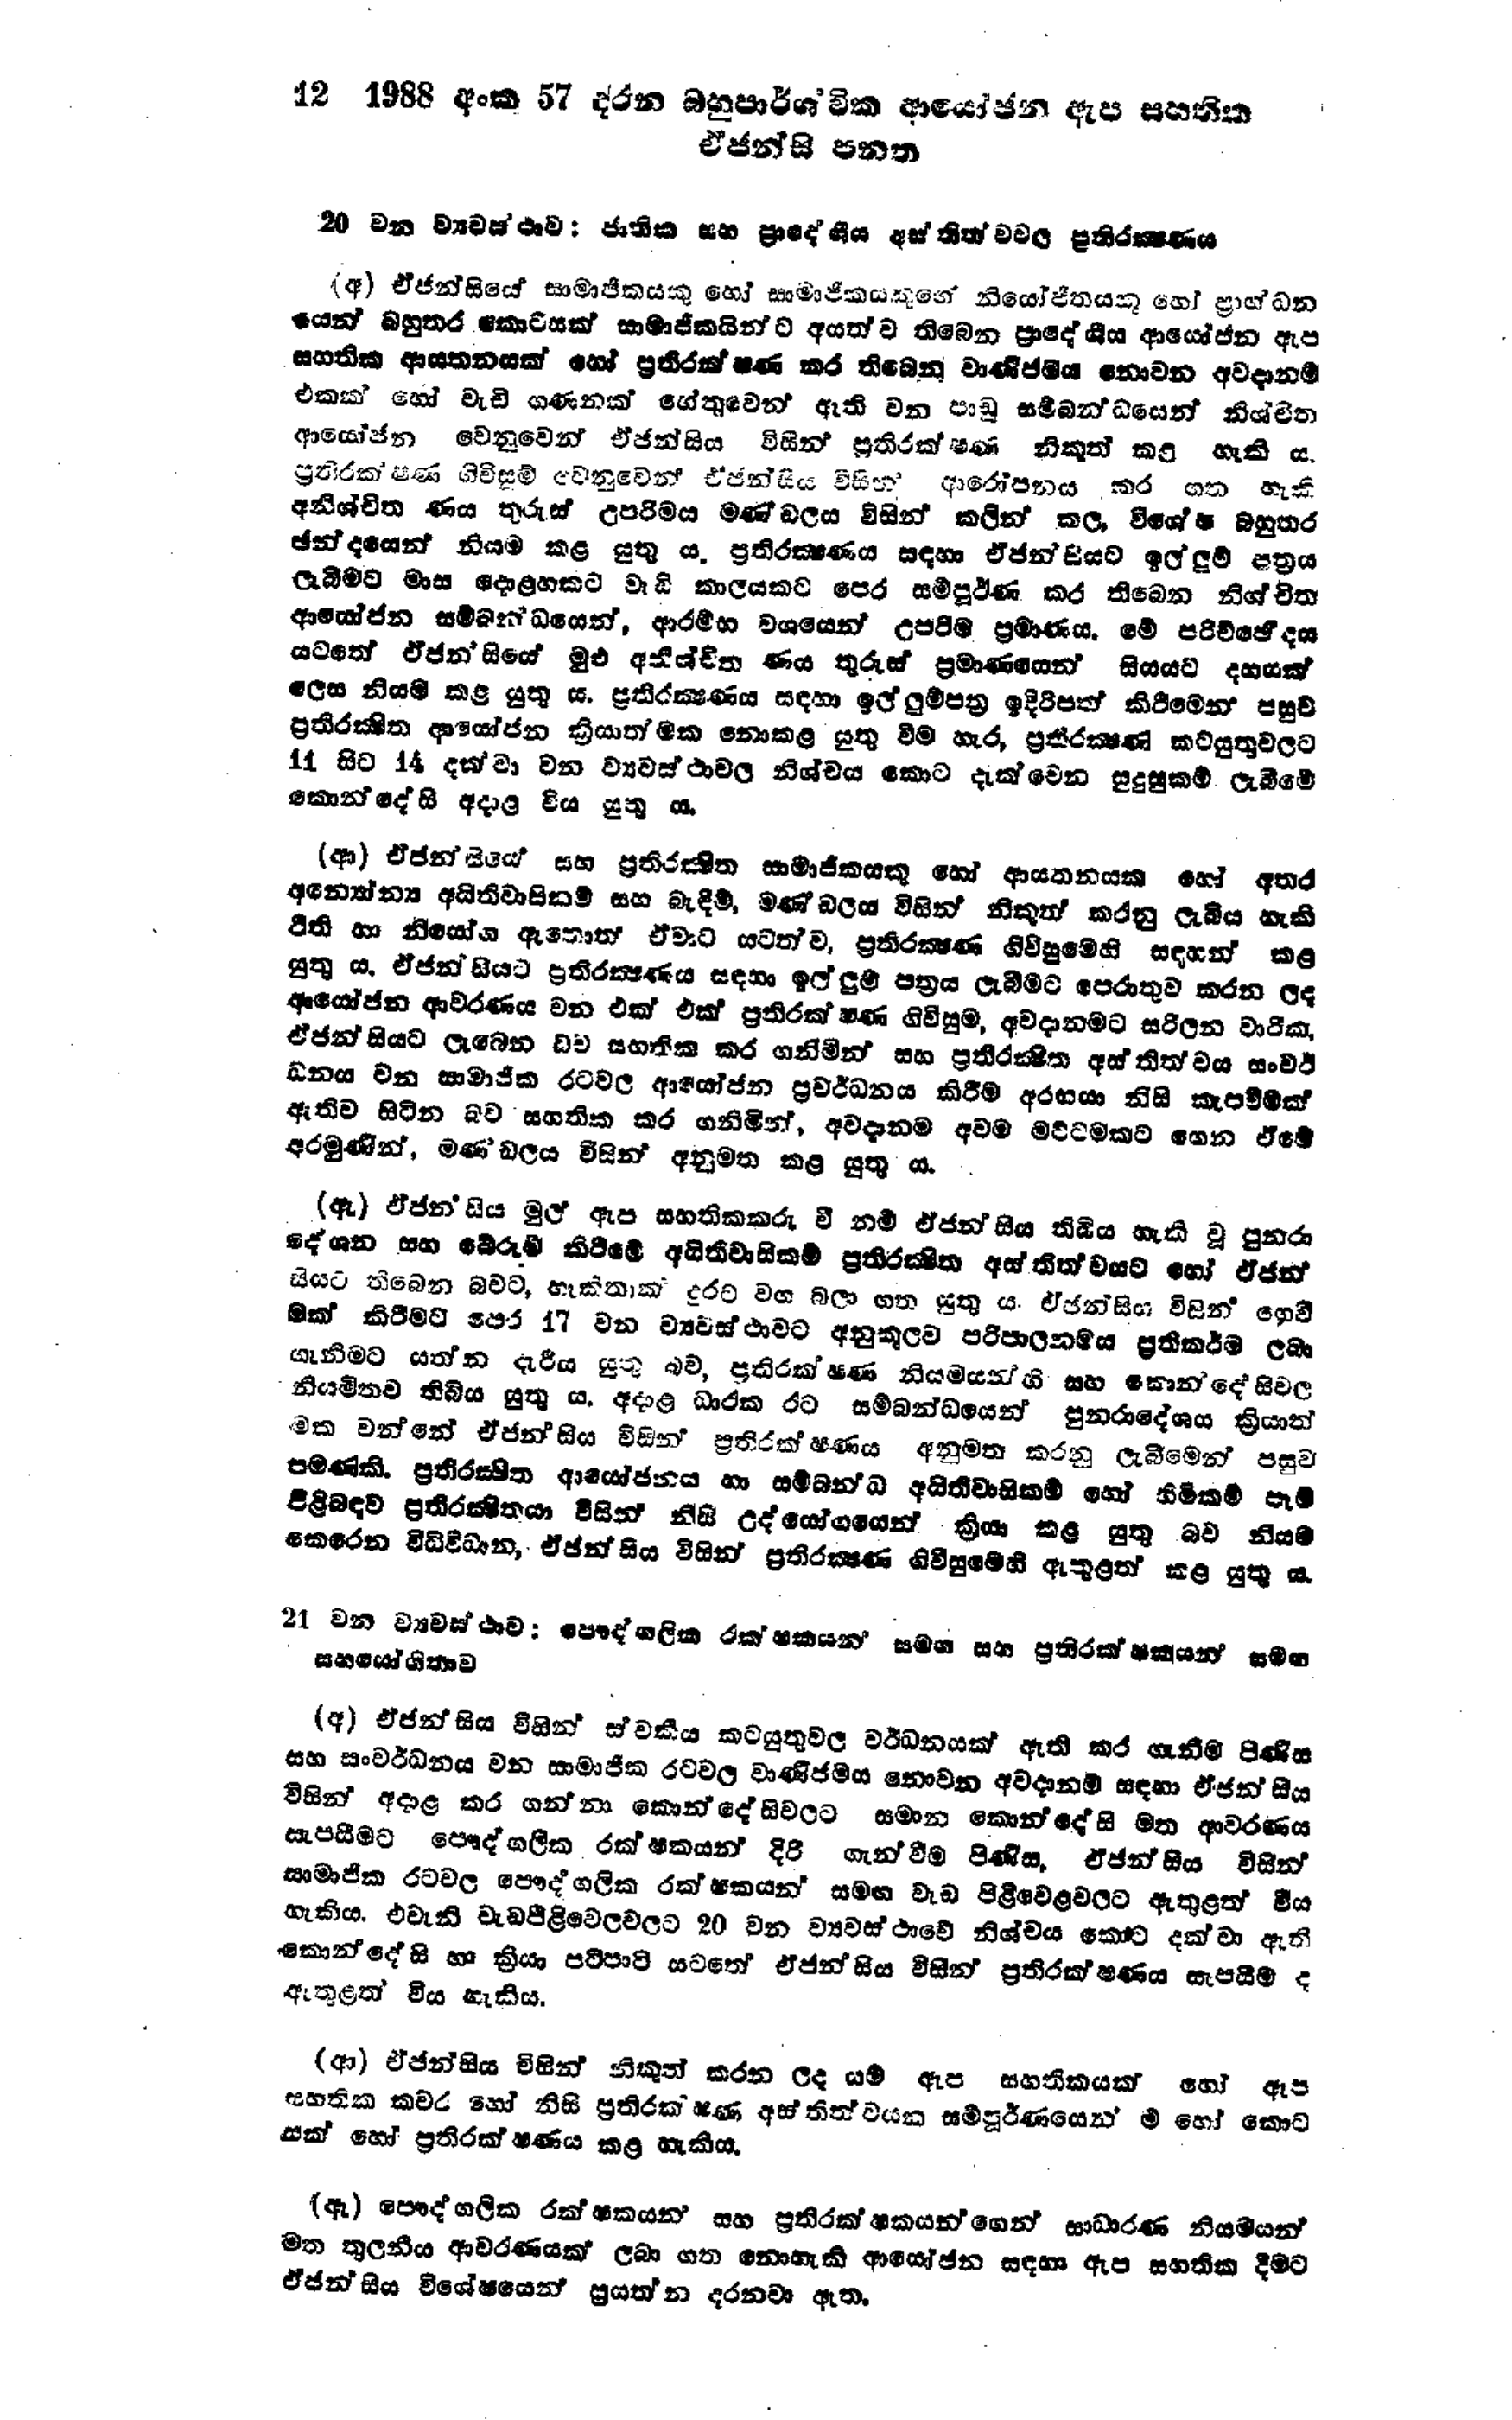
12 1988 අංක 57 දරන බහුපාර්ශ්වික ආයෝජන ඇප සහතික
ඒජන්සි පනත

20 වන ව්‍යවස්ථාව: ජාතික සහ ප්‍රාදේශීය අස්තිත්වවල ප්‍රතිරක්ෂණය

(අ) ඒජන්සියේ සාමාජිකයෙකු හෝ සාමාජිකයකුගේ නියෝජිතයකු හෝ ප්‍රාග්ධන
යෙන් බහුතර කොටසක් සාමාජිකයින්ට අයත්ව තිබෙන ප්‍රාදේශීය ආයෝජන ඇප
සහතික ආයතනයක් හෝ ප්‍රතිරක්ෂණ කර තිබෙන වාණිජමය නොවන අවදානම්
එකක හෝ වැඩි ගණනක් හේතුවෙන් ඇති වන පාඩු සම්බන්ධයෙන් නිශ්චිත
ආයෝජන වෙනුවෙන් ඒජන්සිය විසින් ප්‍රතිරක්ෂණ නිකුත් කළ හැකි ය.
ප්‍රතිරක්ෂණ ගිවිසුම් වෙනුවෙන් ඒජන්සිය විසින් ආරෝපනය කර ගත හැකි
අනිශ්චිත ණය තුරුස් උපරිමය මණ්ඩලය විසින් කලින් කල, විශේෂ බහුතර
ඡන්දයෙන් නියම කළ යුතු ය. ප්‍රතිරක්ෂණය සඳහා ඒජන්සියට ඉල්ලුම් පත්‍රය
ලැබීමට මාස දොළහකට වැඩි කාලයකට පෙර සම්පුර්ණ කර තිබෙන නිශ්චිත
ආයෝජන සම්බන්ධයෙන්, ආරම්භ වශයෙන් උපරිම ප්‍රමාණය. මේ පරිච්ඡේදය
යටතේ ඒජන්සියේ මුළු අනිශ්චිත ණය තුරුස් ප්‍රමාණයෙන් සියයට දහසක්
ලෙස නියම කළ යුතු ය. ප්‍රතිරක්ෂණය සඳහා ඉල්ලුම්පත්‍ර ඉදිරිපත් කිරිමෙන පසුව
ප්‍රතිරක්ෂිත ආයෝජන ක්‍රියාත්මක නොකළ යුතු වීම හැර, ප්‍රතිරක්ෂණ කටයුතුවලට
11 සිට 14 දක්වා වන ව්‍යවස්ථාවල නිශ්චය කොට දැක්වෙන සුදුසුකම් ලැබීමේ
කොන්දේසි අදාළ විය යුතු ය.

(ආ) ඒජන්සියේ සහ ප්‍රතිරක්ෂිත සාමාජිකයෙකු හෝ ආයතනයක හෝ අතර
අන්‍යෝන්‍ය අයිතිවාසිකම් සහ බැඳීම්, මණ්ඩලය විසින් නිකුත් කරනු ලැබිය හැකි
ථිති හා නියෝග ඇතොත් ඒවාට යටත්ව, ප්‍රතිරක්ෂණ ගිවිසුමෙහි සඳහන් කළ
යුතු ය. ඒජන්සියට ප්‍රතිරක්ෂණය සඳහා ඉල්ලුම් පත්‍රය ලැබීමට පෙරාතුව කරන ලද
ආයෝජන ආවරණය වන එක් එක් ප්‍රතිරක්ෂණ ගිවිසුම, අවදානමට සරිලන වාරික,
ඒ ජන්සියට ලැබෙන බව සහතික කර ගනිමින් සහ ප්‍රතිරක්ෂිත අස්තිත්වය සංවර්
ධනය වන සාමාජික රටවල ආයෝජන ප්‍රවර්ධනය කිරීම අරභයා නිසි කැපවීමක්
ඇතිව සිටින බව සහතික කර ගනිමින්, අවදානම අවම මට්ටමකට ගෙන ඒමේ
අරමුණින්,මණ්ඩලය විසින් අනුමත කළ යුතු ය.

(ඇ) ඒජන්සිය මුල් ඇප සහතිකකරු වී නම් ඒ ජන්සිය තිබිය හැකි වූ පුනරා
දේශන සහ බේරුම් කිරීමේ අයිතිවාසිකම් ප්‍රතිරක්ෂිත අස්තිත්වයට හෝ ඒජන්
සියට තිබෙන බවට,හැකිතාක් දුරට වග බලා ගත යුතු ය. ඒජන්සිය විසින් ගෙවී
මක් කිරීමට පෙර 17 වන ව්‍යවස්ථාවට අනුකූලව පරිපාලනමය ප්‍රතිකර්ම ලබා
ගැනීමට යත්න දැරිය යුතු බව, ප්‍රතිරක්ෂණය නියමයන්හි සහ කොන්දේ සිවල
නියමිතව තිබිය යුතු ය. අදාළ ධාරක රට සම්බන්ධයෙන් පුනරාදේශය ක්‍රියාත්
මක වන්නේ ඒජන්සිය විසින් ප්‍රතිරක්ෂණය අනුමත කරනු ලැබීමෙන් පසුව
පමණකි. ප්‍රතිරක්ෂිත ආයෝජනය හා සම්බන්ධ අයිතිවාසිකම් හෝ හිමිකම් පෑම්
පිළිබඳව ප්‍රතිරක්ෂිතයා විසින් නිසි උද්යෝගයෙන් ක්‍රියා කළ යුතු බව නියම
කෙරෙන විධිවිධාන, ඒජන්සිය විසින් ප්‍රතිරක්ෂණ ගිවිසුමෙහි ඇතුළත් කළ යුතු ය.

21 වන ව්‍යවස්ථාව පෞද්ගලික රක්ෂකයන් සමග සහ ප්‍රතිරක්ෂකයන් සමඟ
සහයෝගිතාව

(අ) ඒජන්සිය විසින් ස්වකීය කටයුතු වල වර්ධනයක් ඇති කර ගැනීම පිණිස
සහ සංවර්ධනය වන සාමාජික රටවල වාණිජමය නොවන අවදානම් සඳහා ඒජන්සිය
විසින් අදාළ කර ගන්නා කොන්දේසිවලට සමාන කොන්දේසි මත ආවරණය
සැපයීමට පෞද්ගලික රක්ෂකයන් දිරි ගැන්වීම පිණිස, ඒජන්සිය විසින්
සාමාජික රටවල පෞද්ගලික රක්ෂකයන් සමඟ වැඩ පිළිවෙළවලට ඇතුළත් විය
හැකිය. එවැනි වැඩපිළිවෙලවලට 20 වන ව්‍යවස්ථාවේ නිශ්චය කොට දක්වා ඇති
කොන්දේසි හා ක්‍රියා පටිපාටි යටතේ ඒජන්සිය විසින් ප්‍රතිරක්ෂණය සැපයීම ද
ඇතුළත් විය හැකිය.

(ආ) ඒජන්සිය විසින් නිකුත් කරන ලද යම් ඇප සහතිකයක් හෝ ඇප
සහතික කවර හෝ නිසි ප්‍රතිරක්ෂණ අස්තිත්වයක සම්පුර්ණයෙන් ම හෝ කොට
සක් හෝ ප්‍රතිරක්ෂණය කළ හැකිය.

(ඇ) පෞද්ගලික රක්ෂකයන් සහ ප්‍රතිරක්ෂකයන්ගෙන් සාධාරණ නියමයන්
මත තුලනීය ආවරණයක් ලබා ගත නොහැකි ආයෝජන සඳහා ඇප සහතික දීමට
ඒජන්සිය විශේෂයෙන් ප්‍රයත්න දරනවා ඇත.